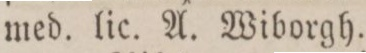
med. lic. A. Wiborgh.